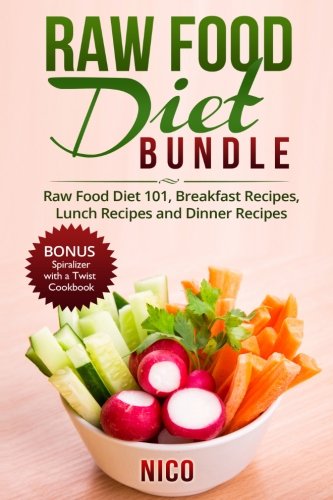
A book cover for Raw Food Diet Bundle: Raw Food Diet 101, Breakfast Recipes, Lunch Recipes and Dinner Recipes. Plus BONUS Spiralizer with a Twist Cookbook; Nico; Cookbooks, Food & Wine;